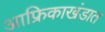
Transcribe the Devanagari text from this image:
आफ्रिकाखंडात